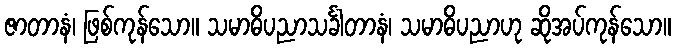
ဇာတာနံ၊ ဖြစ်ကုန်သော။ သမာဓိပညာသင်္ခါတာနံ၊ သမာဓိပညာဟု ဆိုအပ်ကုန်သော။